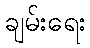
ချမ်းရေး